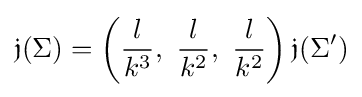
{\mathfrak {j}}(\Sigma )=\left({\frac {l}{k^{3}}},\ {\frac {l}{k^{2}}},\ {\frac {l}{k^{2}}}\right){\mathfrak {j}}(\Sigma ')